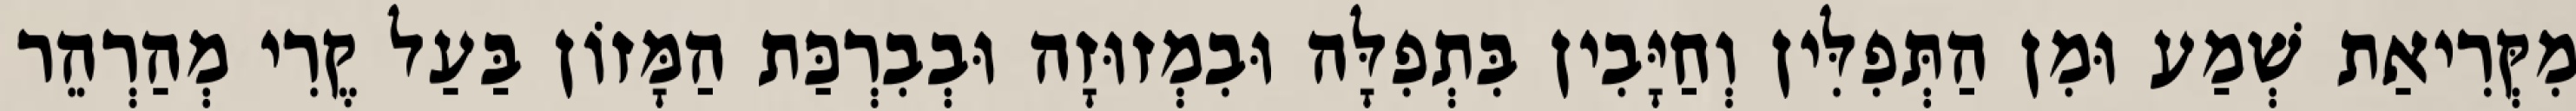
מִקְּרִיאַת שְׁמַע וּמִן הַתְּפִלִּין וְחַיָּבִין בִּתְפִלָּה וּבִמְזוּזָה וּבְבִרְכַּת הַמָּזוֹן בַּעַל קֶרִי מְהַרְהֵר